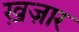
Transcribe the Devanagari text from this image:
ख़ज़ार